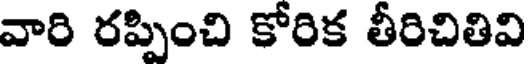
వారి రప్పించి కోరిక తీరిచితివి